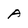
Character: A